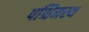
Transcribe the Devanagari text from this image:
पश्चिमस्थ